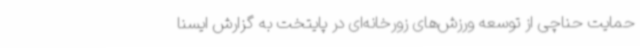
حمایت حناچی از توسعه ورزش‌های زورخانه‌ای در پایتخت به گزارش ایسنا